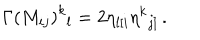
\Gamma \left( M _ { i j } \right) ^ { k } { } _ { l } = 2 \eta _ { l [ i } \eta ^ { k } { } _ { j ] } \, .